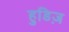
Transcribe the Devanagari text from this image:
हुडिज़